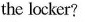
the locker?